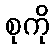
စုကို